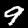
Digit: 9